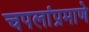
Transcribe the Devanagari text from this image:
चपलांप्रमाणे